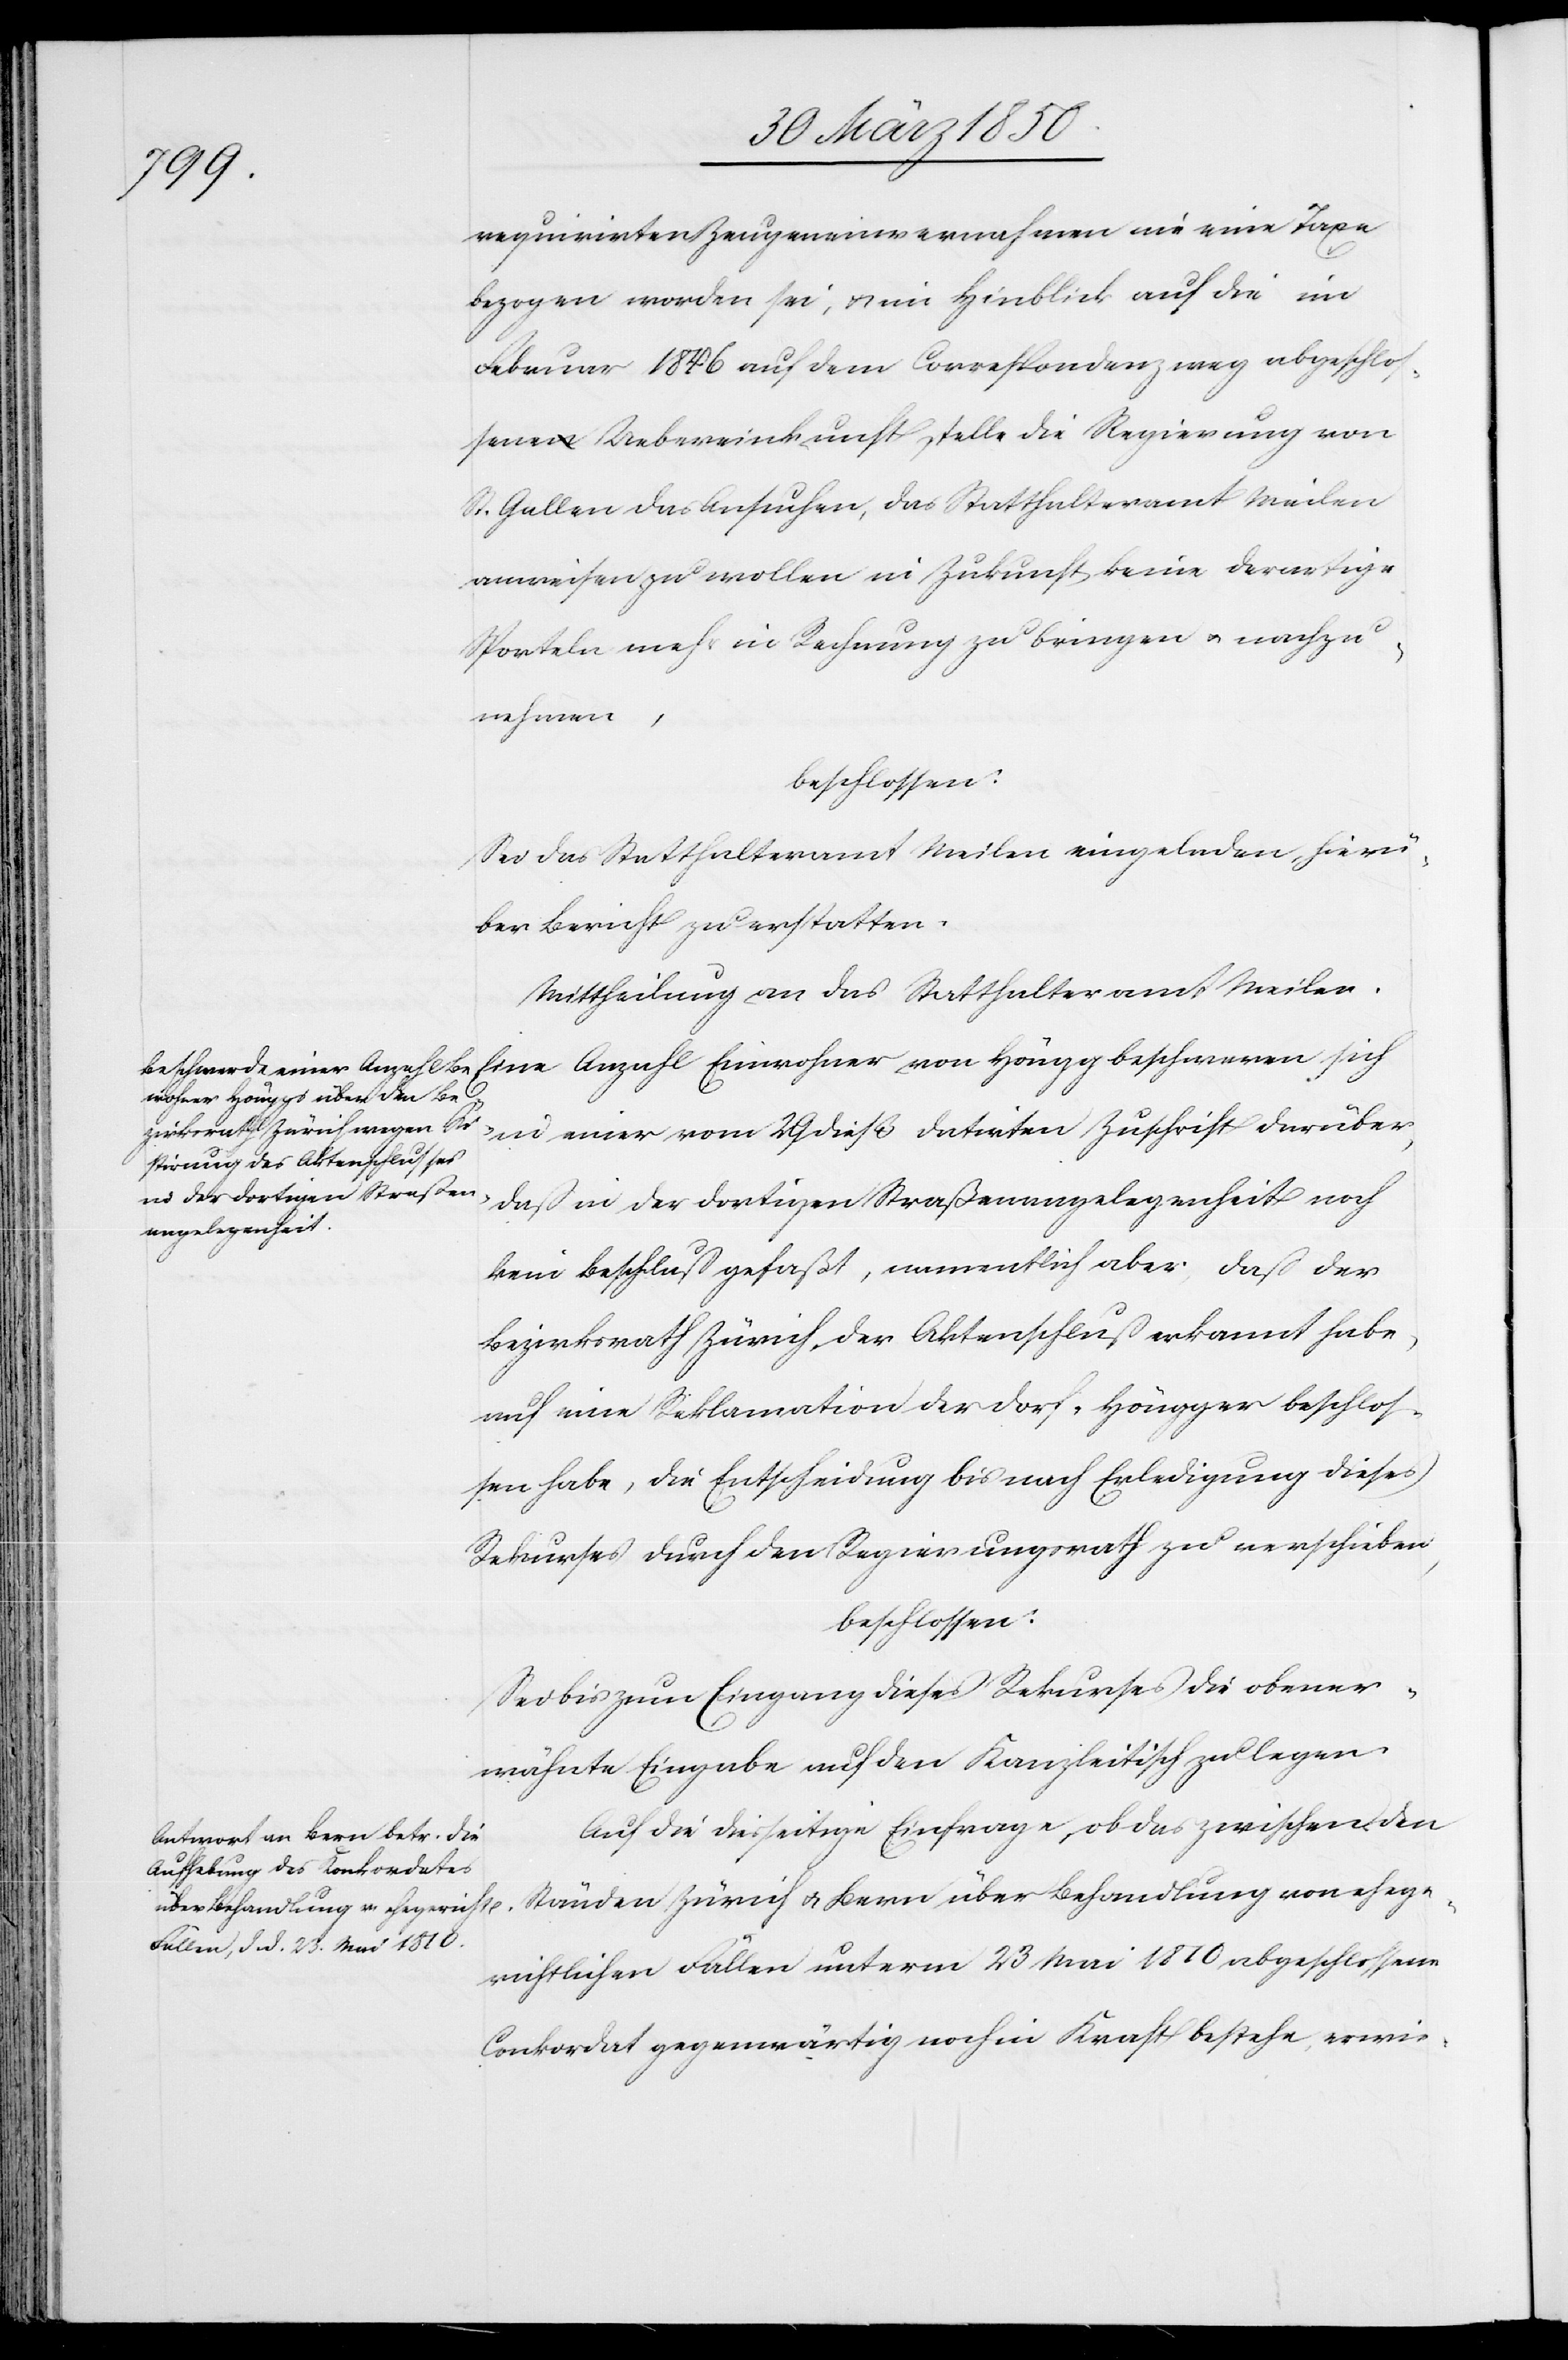
requirirten Zeugeneinvernahmen nie eine Taxe
bezogen worden sei, u. im Hinblick auf die im
Februar 1846 auf dem Correspondenzweg abgeschlo¬
ssene Uebereinkunft stelle die Regierung von
St. Gallen das Ansuchen, das Statthalteramt Meilen
anweisen zu wollen in Zukunft keine derartige
Sporteln mehr in Rechnung zu bringen u. nachzu¬
nehmen,
beschlossen:
Sei das Statthalteramt Meilen eingeladen, hier¬
über Bericht zu erstatten.
Mittheilung an das Statthalteramt Meilen.
in einer vom 29 dieß datirten Zuschrift darüber,
daß in der dortigen Straßenangelegenheit noch
kein Beschluß gefaßt, namentlich aber, daß der
Bezirksrath Zürich, der Aktenschluß erkannt habe,
auf eine Reklamation der Dorf-Höngger beschlos¬
sen habe, die Entscheidung bis nach Erledigung dieses
Rekurses durch den Regierungsrath zu verschieben,
beschlossen:
Sei bis zum Eingang dieses Rekurses die obener¬
wähnte Eingabe auf den Kanzleitisch zu legen.
Auf die diesseitige Einfrage, ob das zwischen den
Ständen Zürich u. Bern über Behandlung von ehege¬
richtlichen Fällen unterm 23 Mai 1810 abgeschlossene
Conkordat gegenwärtig noch in Kraft bestehe, erwie-